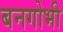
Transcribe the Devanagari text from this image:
बनगोभी